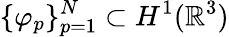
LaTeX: \{ \varphi_{p}\} _{p=1}^{N}\subset H^{1}(\mathbb{R}^{3})